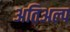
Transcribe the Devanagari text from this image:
अतिअल्प